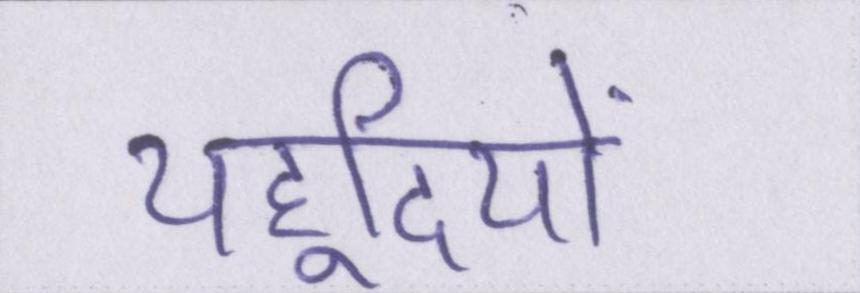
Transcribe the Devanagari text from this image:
यहूदियों